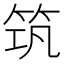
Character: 筑